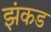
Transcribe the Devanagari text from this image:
झंकड